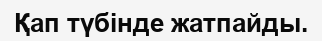
Қап түбінде жатпайды.